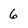
Character: 6